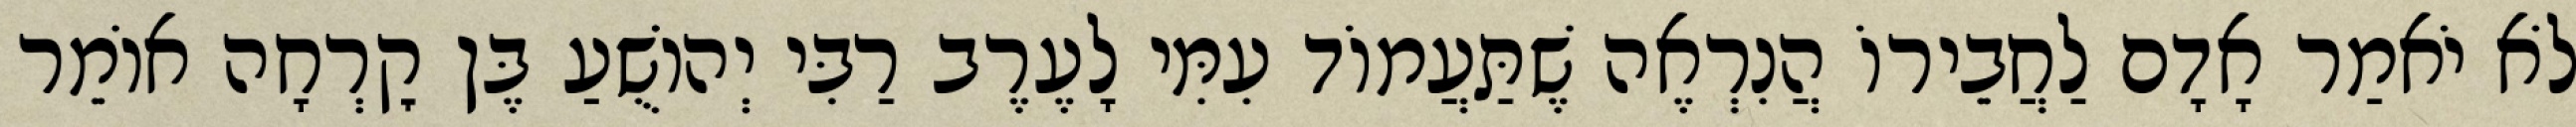
לֹא יֹאמַר אָדָם לַחֲבֵירוֹ הֲנִרְאֶה שֶׁתַּעֲמוֹד עִמִּי לָעֶרֶב רַבִּי יְהוֹשֻׁעַ בֶּן קׇרְחָה אוֹמֵר